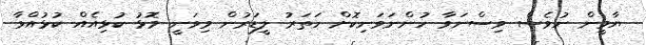
ޔާމީން ނުވެސް ވިސްނަވާ ހުންނަވަނިކޮށް ހަތަރު ލީޑަރުން މިވަނީ މޮޅު ކުޅިއެއް ކުޅުއްވާ